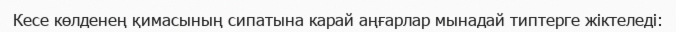
Кесе көлденең қимасының сипатына карай аңғарлар мынадай типтерге жіктеледі: